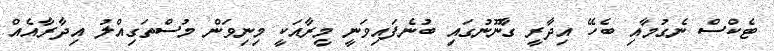
ޓެކްސް ނެގުމާއި ބެހޭ އިދާރީ ގާނޫނުގައި ބުނެފައިވަނީ މީރާއަކީ މިނިވަން މުސްތަގިއްލު އިދާރާއެއް